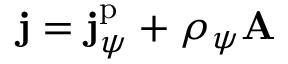
\mathbf { j } = \mathbf { j } _ { \psi } ^ { \mathrm { p } } + \rho _ { \psi } \mathbf { A }